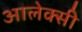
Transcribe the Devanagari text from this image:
आलेक्सी